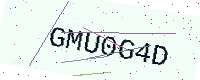
Text: GMU0G4D